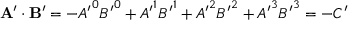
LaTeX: \mathbf { A } ^ { \prime } \cdot \mathbf { B } ^ { \prime } = - { A ^ { \prime } } ^ { 0 } { B ^ { \prime } } ^ { 0 } + { A ^ { \prime } } ^ { 1 } { B ^ { \prime } } ^ { 1 } + { A ^ { \prime } } ^ { 2 } { B ^ { \prime } } ^ { 2 } + { A ^ { \prime } } ^ { 3 } { B ^ { \prime } } ^ { 3 } = - C ^ { \prime }